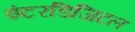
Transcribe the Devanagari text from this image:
इंटरडिजिटल